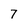
Character: 7